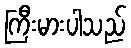
ကြီးမားပါသည်